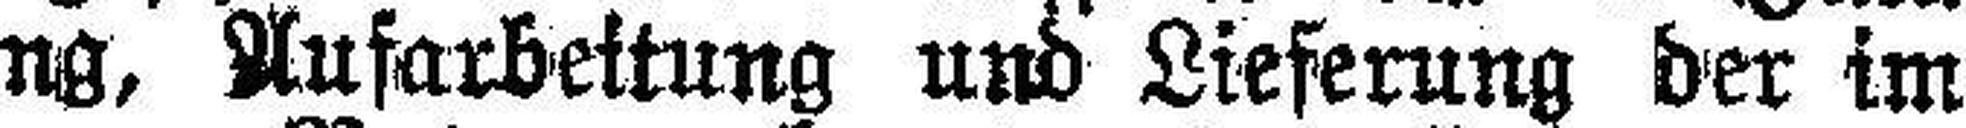
Die Fällung, Aufarbeitung und Lieferung der im